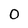
Character: O